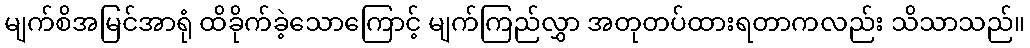
မျက်စိအမြင်အာရုံ ထိခိုက်ခဲ့သောကြောင့် မျက်ကြည်လွှာ အတုတပ်ထားရတာကလည်း သိသာသည်။